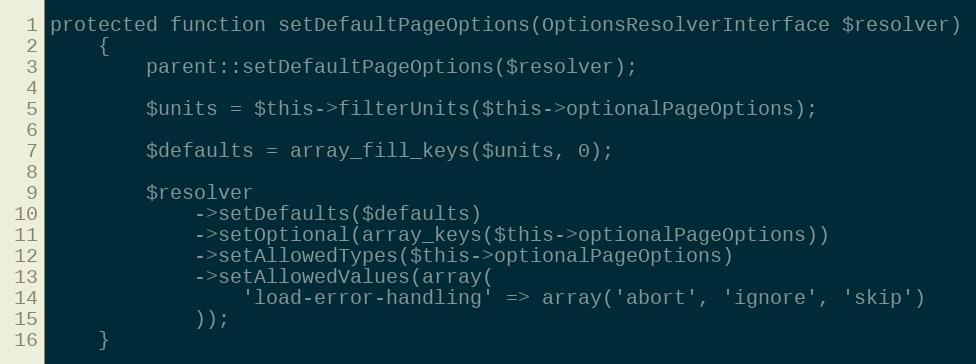
Language: PHP
protected function setDefaultPageOptions(OptionsResolverInterface $resolver)
    {
        parent::setDefaultPageOptions($resolver);

        $units = $this->filterUnits($this->optionalPageOptions);

        $defaults = array_fill_keys($units, 0);

        $resolver
            ->setDefaults($defaults)
            ->setOptional(array_keys($this->optionalPageOptions))
            ->setAllowedTypes($this->optionalPageOptions)
            ->setAllowedValues(array(
                'load-error-handling' => array('abort', 'ignore', 'skip')
            ));
    }